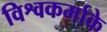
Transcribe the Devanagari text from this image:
विश्वकर्माके